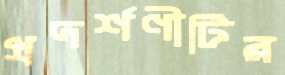
প্রদর্শণীটির